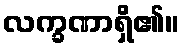
လက္ခဏာရှိ၏။